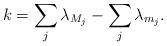
LaTeX: \begin{align*}k = \sum_j \lambda_{M_j} - \sum_j \lambda_{m_j}.\end{align*}